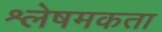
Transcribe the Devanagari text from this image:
श्लेषमकता